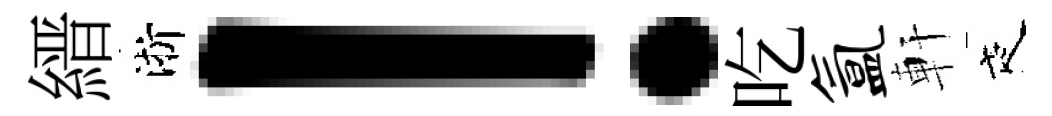
縉淅！吃氲軒夜